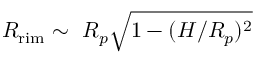
R _ { \mathrm { r i m } } \sim ~ R _ { p } \sqrt { 1 - ( H / R _ { p } ) ^ { 2 } }